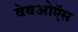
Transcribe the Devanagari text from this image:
वेबओऍस